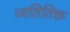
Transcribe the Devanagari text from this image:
व्यतितिक्त